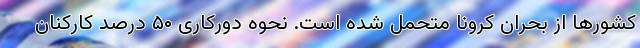
کشورها از بحران کرونا متحمل شده است. نحوه دورکاری ۵۰ درصد کارکنان